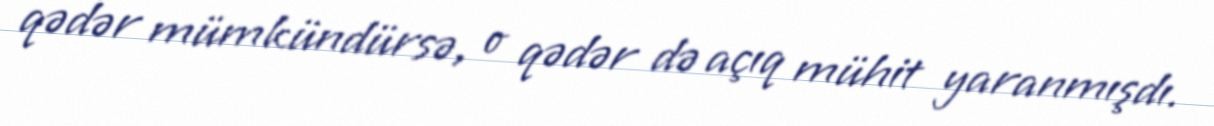
qədər mümkündürsə, o qədər də açıq mühit yaranmışdı.